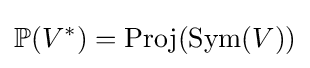
\mathbb {P} (V^{*})=\operatorname {Proj} (\operatorname {Sym} (V))